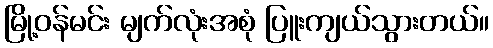
မြို့ဝန်မင်း မျက်လုံးအစုံ ပြူးကျယ်သွားတယ်။